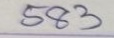
583